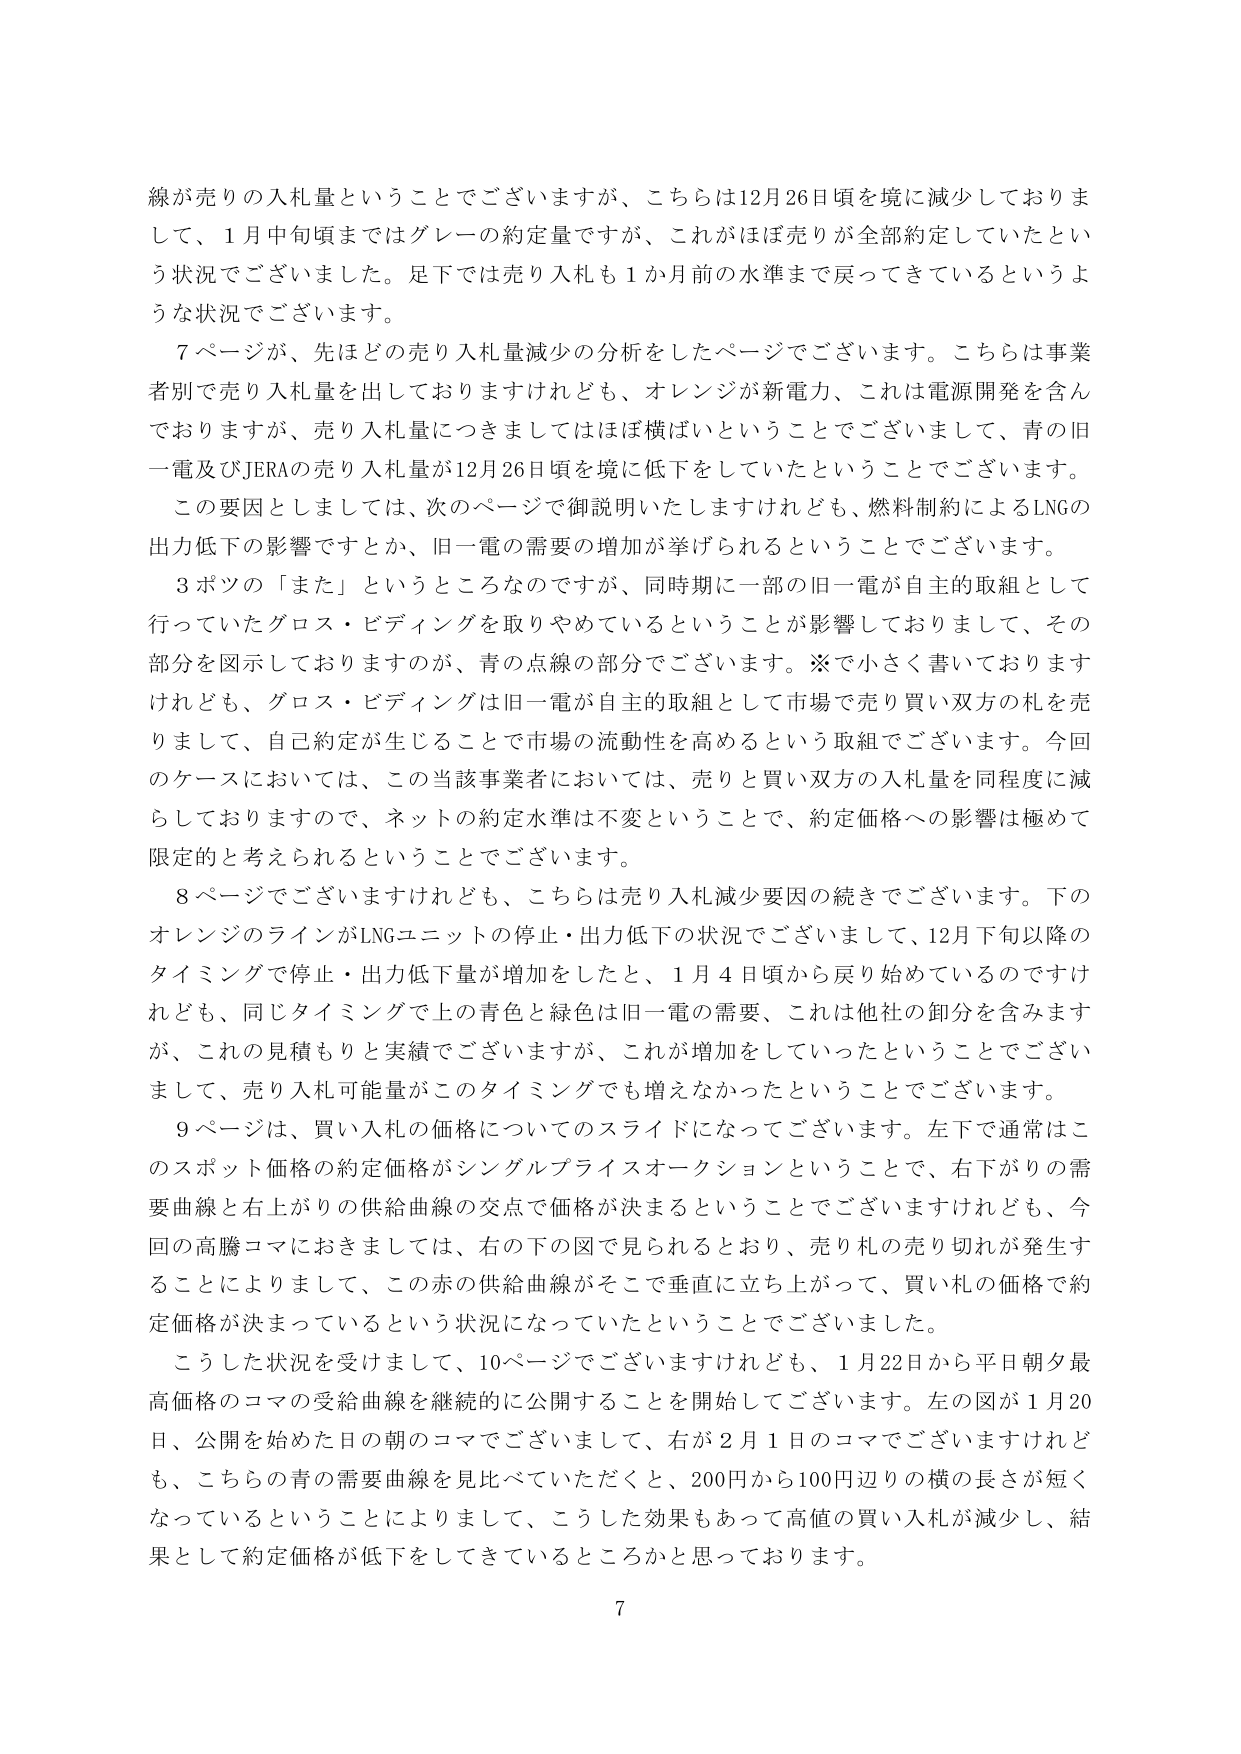
線が売りの入札量ということでございますが、こちらは12月26日頃を境に減少しておりまして、1月中旬頃まではグレーの約定量ですが、これがほぼ売りが全部約定していたという状況でございました。足下では売り入札も1か月前の水準まで戻ってきているというような状況でございます。

7ページが、先ほどの売り入札量減少の分析をしたページでございます。こちらは事業者別で売り入札量を出しておりますけれども、オレンジが新電力、これは電源開発を含んでおりますが、売り入札量につきましてはほぼ横ばいということでございまして、青の旧一電及びJERAの売り入札量が12月26日頃を境に低下をしていたということでございます。

この要因としましては、次のページで御説明いたしますけれども、燃料制約によるLNGの出力低下の影響ですとか、旧一電の需要の増加が挙げられるということでございます。

3ポツの「また」というところなのですが、同時期に一部の旧一電が自主的取組として行っていたグロス・ビディングを取りやめているということが影響しておりまして、その部分を図示しておりますが、青の点線の部分でございます。※で小さく書いておりますけれども、グロス・ビディングは旧一電が自主的取組として市場で売り買い双方の札を売りまして、自己約定が生じることで市場の流動性を高めるという取組でございます。今回のケースにおいては、この当該事業者においては、売りと買い双方の入札量を同程度に減らしておりますので、ネットの約定水準は不変ということで、約定価格への影響は極めて限定的と考えられるということでございます。

8ページでございますけれども、こちらは売り入札減少要因の続きでございます。下のオレンジのラインがLNGユニットの停止・出力低下の状況でございまして、12月下旬以降のタイミングで停止・出力低下量が増加をしたと、1月4日頃から戻り始めているのですけれども、同じタイミングで上の青色と緑色は旧一電の需要、これは他社の卸分を含みますが、これの見積もりと実績でございますが、これが増加をしていったということでございまして、売り入札可能量がこのタイミングでも増えなかったということでございます。

9ページは、買い入札の価格についてのスライドになってございます。左下で通常はこのスポット価格の約定価格がシングルプライスオークションということで、右下がりの需要曲線と右上がりの供給曲線の交点で価格が決まるということでございますけれども、今回の高騰コマにおきましては、右の下の図で見られるとおり、売り札の売り切れが発生することによりまして、この赤の供給曲線がそこで垂直に立ち上がって、買い札の価格で約定価格が決まっているという状況になっていたということでございます。

こうした状況を受けまして、10ページでございますけれども、1月22日から平日朝夕最高価格のコマの受給曲線を継続的に公開することを開始してございます。左の図が1月20日、公開を始めた日の朝のコマでございまして、右が2月1日のコマでございますけれども、こちらの青の需要曲線を見比べていただくと、200円から100円辺りの横の長さが短くなっているということによりまして、こうした効果もあって高値の買い入札が減少し、結果として約定価格が低下をしてきているところかと思っております。

7